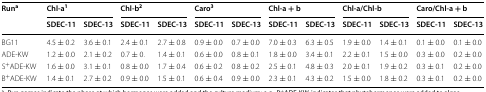
<table><thead><tr><td rowspan="2"><b>Run<sup>a</sup></b></td><td colspan="2"><b>Chl-a<sup>1</sup></b></td><td colspan="2"><b>Chl-b<sup>2</sup></b></td><td colspan="2"><b>Caro<sup>3</sup></b></td><td colspan="2"><b>Chl-a + b</b></td><td colspan="2"><b>Chl-a/Chl-b</b></td><td colspan="2"><b>Caro/Chl-a + b</b></td></tr><tr><td><b>SDEC-11</b></td><td><b>SDEC-13</b></td><td><b>SDEC-11</b></td><td><b>SDEC-13</b></td><td><b>SDEC-11</b></td><td><b>SDEC-13</b></td><td><b>SDEC-11</b></td><td><b>SDEC-13</b></td><td><b>SDEC-11</b></td><td><b>SDEC-13</b></td><td><b>SDEC-11</b></td><td><b>SDEC-13</b></td></tr></thead><tbody><tr><td>BG11</td><td>4.5 ± 0.2</td><td>3.6 ± 0.1</td><td>2.4 ± 0.1</td><td>2.7 ± 0.8</td><td>0.9 ± 0.0</td><td>0.7 ± 0.0</td><td>7.0 ± 0.3</td><td>6.3 ± 0.5</td><td>1.9 ± 0.0</td><td>1.4 ± 0.1</td><td>0.1 ± 0.0</td><td>0.1 ± 0.0</td></tr><tr><td>ADE-KW</td><td>1.2 ± 0.0</td><td>2.1 ± 0.2</td><td>0.7 ± 0.</td><td>1.4 ± 0.1</td><td>0.6 ± 0.0</td><td>0.8 ± 0.1</td><td>1.8 ± 0.0</td><td>3.4 ± 0.1</td><td>2.2 ± 0.1</td><td>1.5 ± 0.0</td><td>0.3 ± 0.0</td><td>0.2 ± 0.0</td></tr><tr><td>S<sup>+</sup>ADE-KW</td><td>1.6 ± 0.0</td><td>3.1 ± 0.1</td><td>0.8 ± 0.0</td><td>1.7 ± 0.4</td><td>0.6 ± 0.2</td><td>0.8 ± 0.2</td><td>2.5 ± 0.1</td><td>4.8 ± 0.3</td><td>2.0 ± 0.1</td><td>1.9 ± 0.2</td><td>0.3 ± 0.1</td><td>0.2 ± 0.0</td></tr><tr><td>B<sup>+</sup>ADE-KW</td><td>1.4 ± 0.1</td><td>2.7 ± 0.2</td><td>0.9 ± 0.0</td><td>1.5 ± 0.1</td><td>0.6 ± 0.4</td><td>0.9 ± 0.0</td><td>2.3 ± 0.1</td><td>4.3 ± 0.2</td><td>1.5 ± 0.0</td><td>1.8 ± 0.2</td><td>0.3 ± 0.1</td><td>0.2 ± 0.0</td></tr></tbody></table>